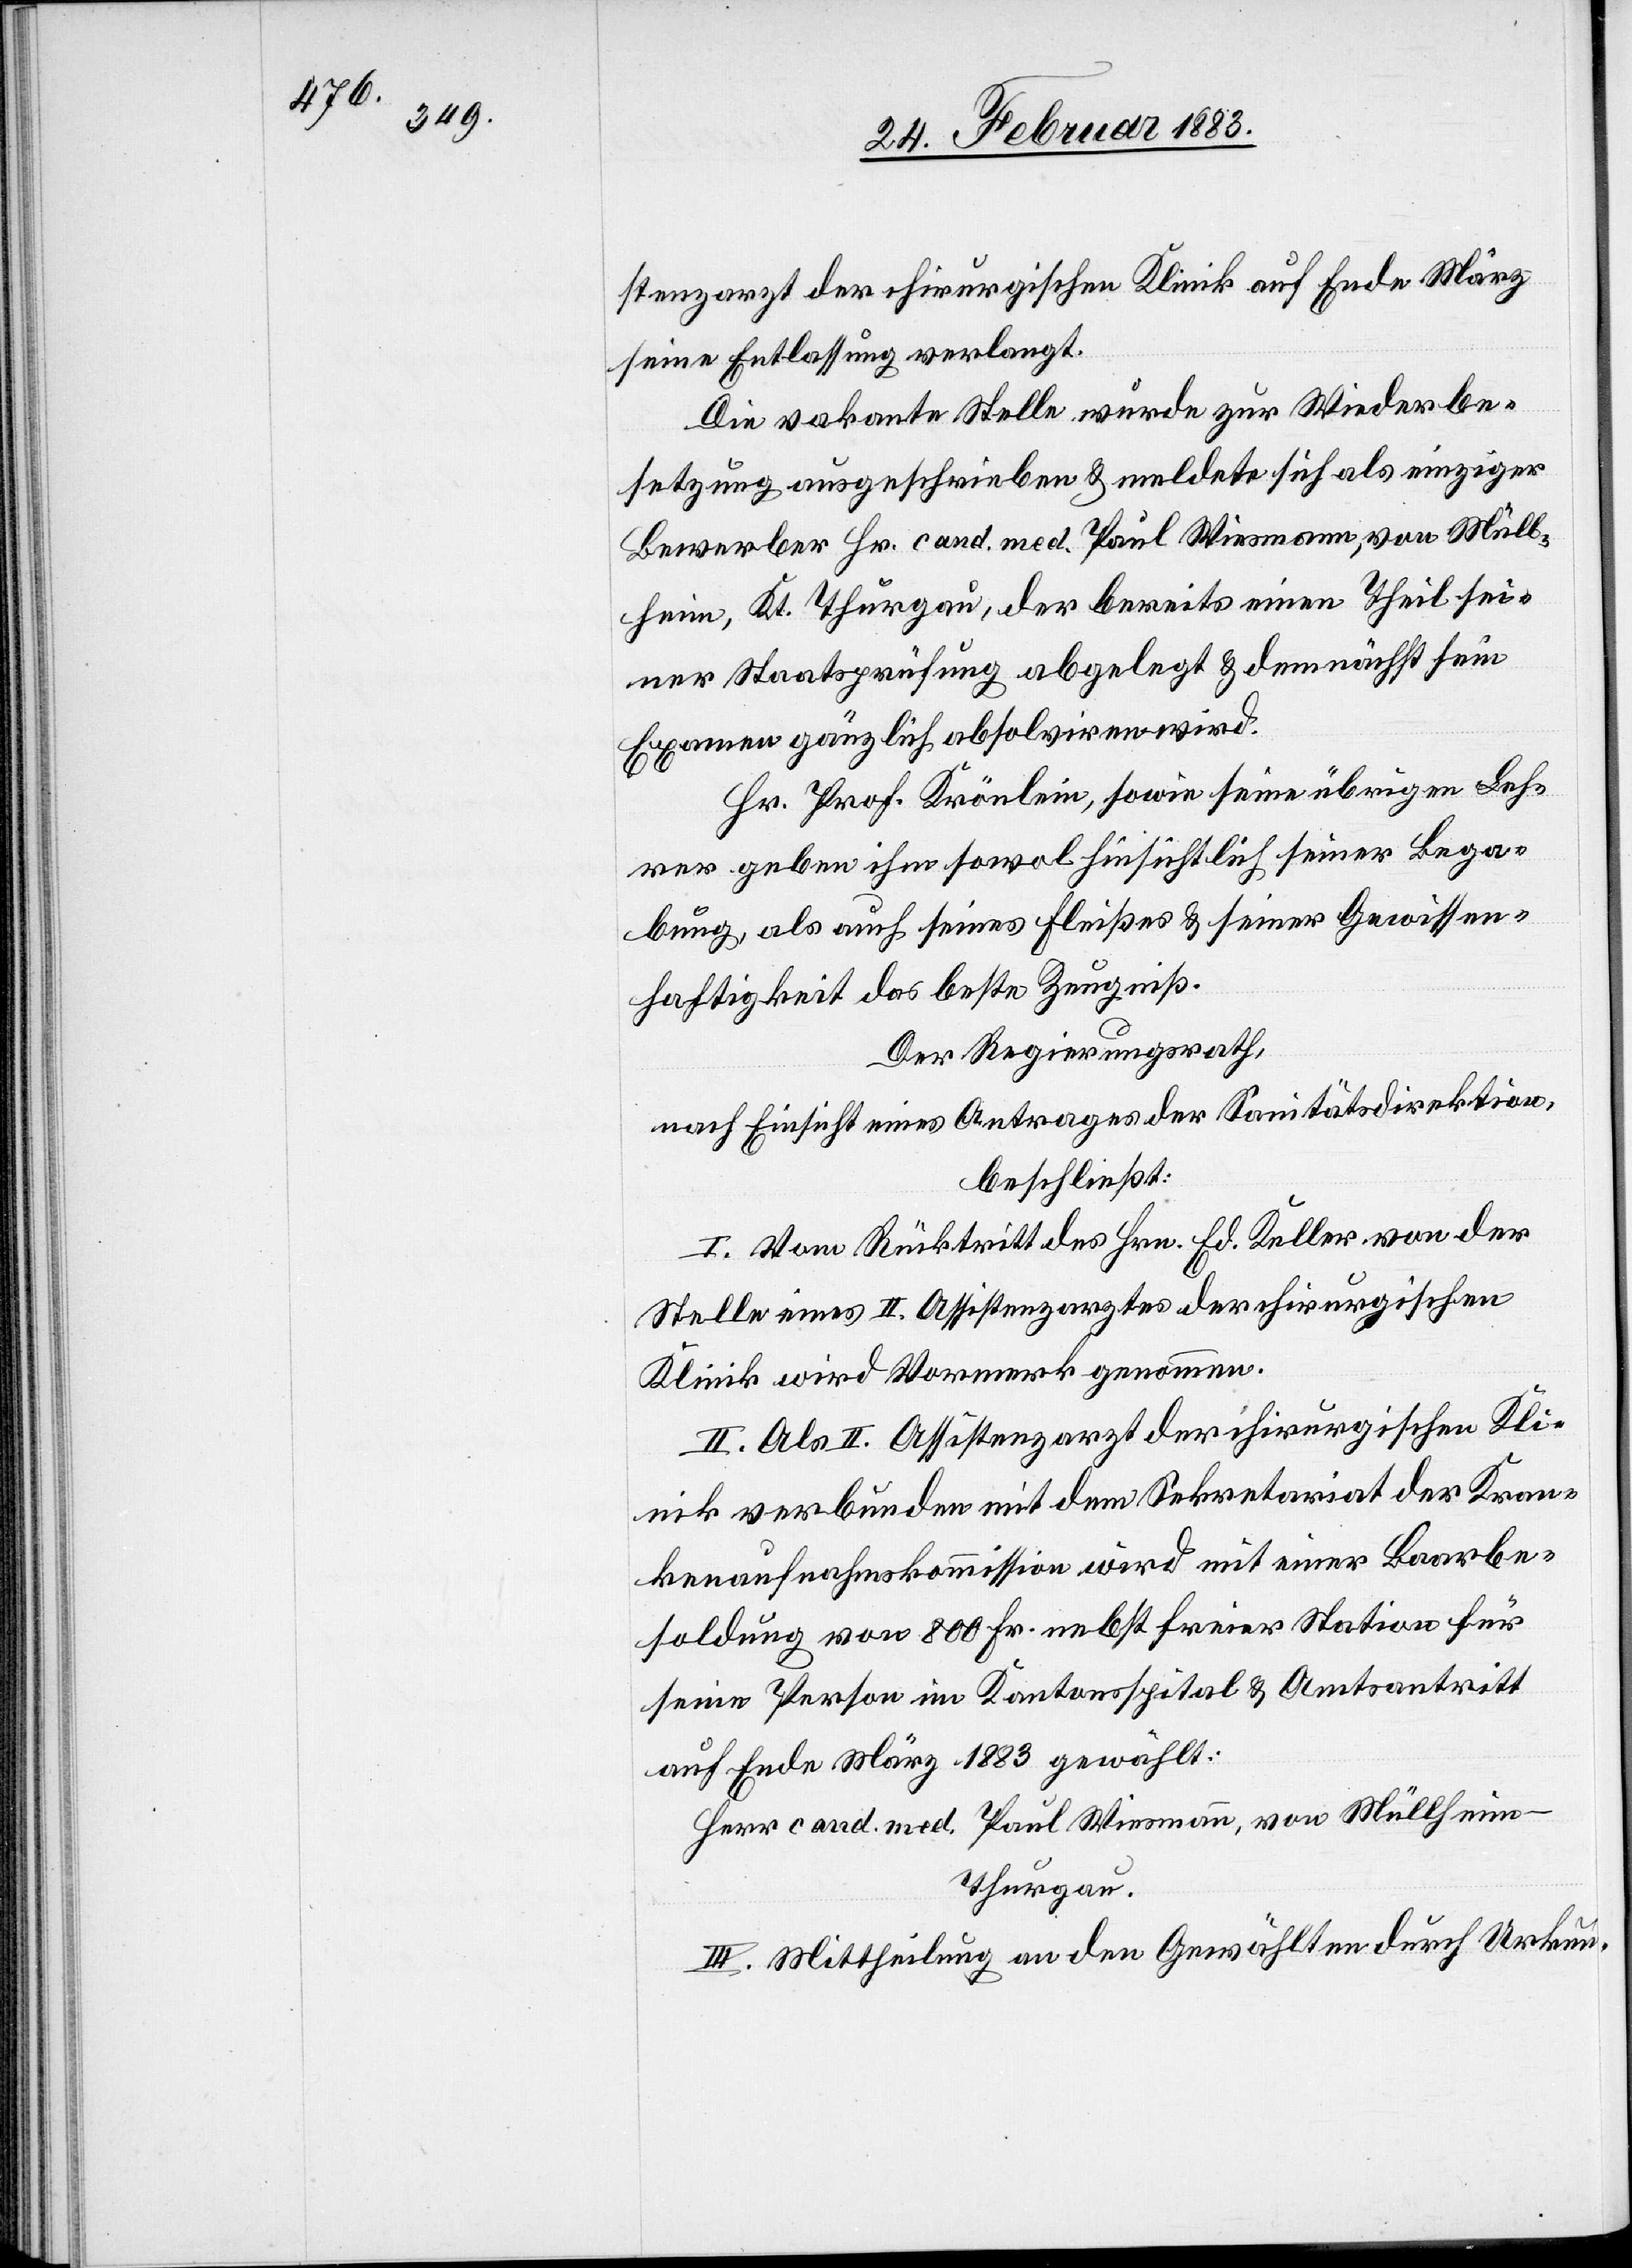
stenzarzt der chirurgischen Klinik auf Ende März
seine Entlassung verlangt.
Die vakante Stelle wurde zur Wiederbe¬
setzung ausgeschrieben & meldete sich als einziger
Bewerber Hr. cand. med. Paul Wiesmann, von Müll¬
heim, Kt. Thurgau, der bereits einen Theil sei¬
ner Staatsprüfung abgelegt & demnächst sein
Examen gänzlich absolviren wird.
Hr. Prof. Krönlein, sowie seine übrigen Leh¬
rer geben ihm sowol hinsichtlich seiner Bega¬
bung, als auch seines Fleisses & seiner Gewissen¬
haftigkeit das beste Zeugniß.
Der Regierungsrath,
nach Einsicht eines Antrages der Sanitätsdirektion,
beschließt:
I. Vom Rücktritt des Hrn. Ed. Keller von der
Stelle eines II. Assistenzarztes der chirurgischen
Klinik wird Vormerk genommen.
II. Als II. Assistenzarzt der chirurgischen Kli¬
nik verbunden mit dem Sekretariat der Kran¬
kenaufnahmskommission wird mit einer Be¬
soldung von 800 Fr. nebst freier Station für
seine Person im Kantonsspital & Amtsantritt
auf Ende März 1883 gewählt:
Herr cand. med. Paul Wiesmann, von Müllheim
Thurgau.
III. Mittheilung an den Gewählten durch Urkun-